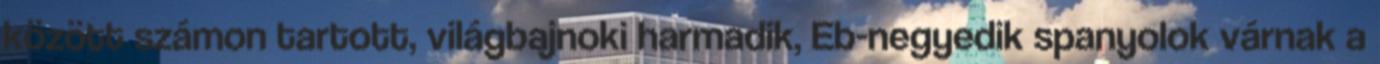
között számon tartott, világbajnoki harmadik, Eb-negyedik spanyolok várnak a